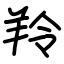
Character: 羚